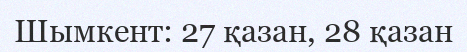
Шымкент: 27 қазан, 28 қазан